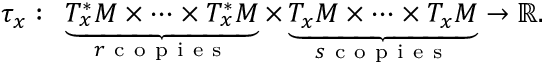
\begin{array} { r } { \tau _ { x } : \mathrm { ~ } \underbrace { T _ { x } ^ { * } M \times \cdots \times T _ { x } ^ { * } M } _ { r \mathrm { ~ c ~ o ~ p ~ i ~ e ~ s ~ } } \times \underbrace { T _ { x } M \times \cdots \times T _ { x } M } _ { s \mathrm { ~ c ~ o ~ p ~ i ~ e ~ s ~ } } \to \mathbb { R } . } \end{array}